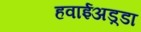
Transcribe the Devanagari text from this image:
हवाईअड़्डा